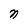
Character: n